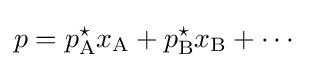
p=p_{\text{A}}^{\star }x_{\text{A}}+p_{\text{B}}^{\star }x_{\text{B}}+\cdots